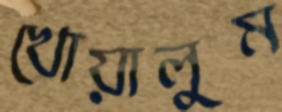
খোয়ালুম